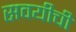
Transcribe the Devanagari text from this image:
सवयीची